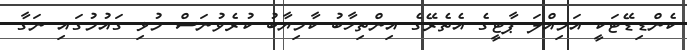
ކެންޑިޑޭޓަކީ އަމިއްލަ ޕާޓީގެ އެތެރޭގެ އިންތިހާބު ކާމިޔާބު ކުރެވުނަސް މުޅި ގައުމުގައި ނަގާ